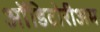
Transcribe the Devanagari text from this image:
ऑडिटोरीअम